Lock hospitals Punjab
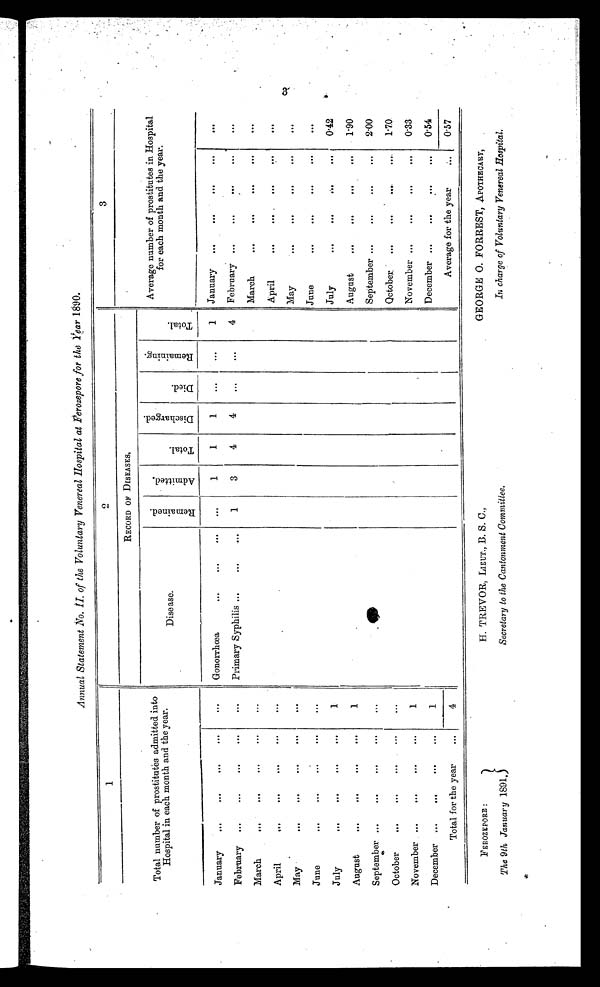
FEROZEPORE :
The 9th, January 1891.
H. TREVOR, LIEUT., B. S. C.,
Secretary to the Cantonment Committee.
GEORGE O. FORREST, APOTHECARY,
In charge of Voluntary Venereal Hospital.
Annual Statement No. IL of the Voluntary Venereal Hospital at Perozepore for the Year 1890.
1
Total number of prostitutes admitted into
Hospital in each month and the year.
RECORD OF DISEASES,
Average number of prostitutes in Hospital
for each month and the year.
Disease.
R e m a i n e d .
A d m i t t e d .
T o t a l .
D i s c h a r g e d .
D i e d .
R e m a i n i n g .
T o t a l .
January
...
...
. . .
...
Gonorrhœa
...
. . .
. . .
1
1
1
. . .
. . .
1
January
...
. . .
. . .
. . .
. . .
February
...
...
. . .
. . .
. . .
Primary Syphilis ...
1
3
4
4
. . .
. . .
4
February ...
. . .
. . .
...
. . .
March
...
...
. . .
. . .
...
March
. . .
. . .
. . .
. . .
. . .
Ap ril
...
...
. . .
...
. . .
April
. . .
.... . . .
...
. . .
May
...
...
...
...
. . .
May
. . .
. . .
. . .
...
. . .
June
...
...
. . .
...
June
. . .
. . .
. . .
...
. . .
July
...
. . .
...
. . .
1
July
...
. . .
...
...
0.42
August
...
...
...
...
1
August
. . .
...
...
...
1.90
September ...
...
...
. . .
September ...
. . . ...
. . .
2.00
O ctober
...
...
...
. . .
. . .
Qctober
...
. . . ....
. . .
1.70
November ...
...
...
...
1
November ...
. . . . . .
...
0.33
December ...
...
. . .
...
1
December ...
...
. . .
...
0.54
Total for the year
...
4
Average for the year
. . .
0.57
3